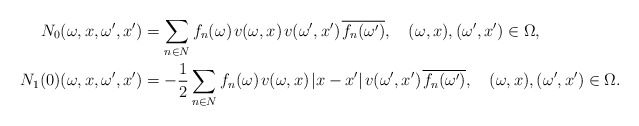
\begin{align*}N_0(\omega,x,\omega',x')&=\sum_{n\in N}f_n(\omega)\;\!v(\omega,x)\;\!v(\omega',x')\;\!\overline{f_n(\omega')},\quad(\omega,x),(\omega',x')\in\Omega,\\N_1(0)(\omega,x,\omega',x')&=-\frac1{2}\sum_{n\in N}f_n(\omega)\;\!v(\omega,x)\;\!|x-x'|\;\!v(\omega',x')\;\!\overline{f_n(\omega')},\quad(\omega,x),(\omega',x')\in\Omega.\end{align*}